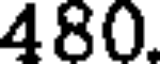
480.